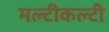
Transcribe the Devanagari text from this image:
मल्टीकल्टी